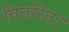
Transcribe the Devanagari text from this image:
वितरित।